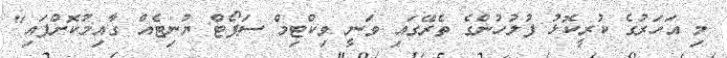
މި އަހަރުގެ ކުރީކޮޅު ފުލުހުންގެ ތެރޭގައި ވަނީ ވިކްޓިމް ސަޕޯޓް ޔުނިޓެއް ގާއިމުކޮށްފައި"